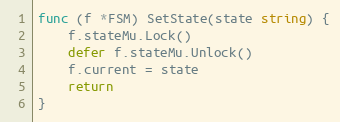
Language: Go
func (f *FSM) SetState(state string) {
	f.stateMu.Lock()
	defer f.stateMu.Unlock()
	f.current = state
	return
}